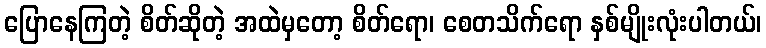
ပြောနေကြတဲ့ စိတ်ဆိုတဲ့ အထဲမှတော့ စိတ်ရော၊ စေတသိက်ရော နှစ်မျိုးလုံးပါတယ်၊